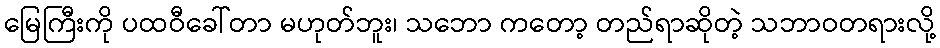
မြေကြီးကို ပထဝီခေါ်တာ မဟုတ်ဘူး၊ သဘော ကတော့ တည်ရာဆိုတဲ့ သဘာဝတရားလို့